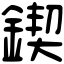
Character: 鍥